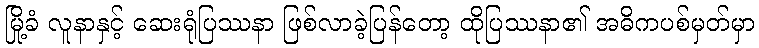
မြို့ခံ လူနာနှင့် ဆေးရုံပြဿနာ ဖြစ်လာခဲ့ပြန်တော့ ထိုပြဿနာ၏ အဓိကပစ်မှတ်မှာ